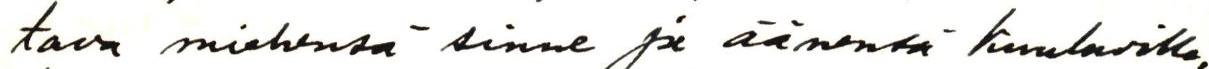
tava miehensä sinne ja äänensä kuuluville.